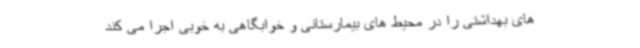
های بهداشتی را در محیط های بیمارستانی و خوابگاهی به خوبی اجرا می کند